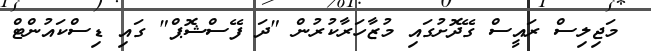
މަޖިލިސް ރައީސް ގޭދޮށުގައި މުޒާހަރާކުރުން "ދަ ފޭސްޝޮޕް" ގައި ޑިސްކައުންޓް